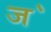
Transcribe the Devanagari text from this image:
ज॓